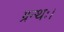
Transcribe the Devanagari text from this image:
ग्रन्थः।